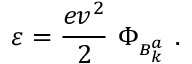
\varepsilon = \frac { e v ^ { 2 } } { 2 } \ \Phi _ { { } _ { B _ { k } ^ { a } } } \ .